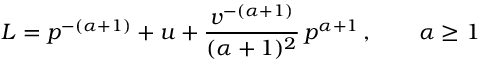
L = p ^ { - ( \alpha + 1 ) } + u + { \frac { v ^ { - ( \alpha + 1 ) } } { ( \alpha + 1 ) ^ { 2 } } } \, p ^ { \alpha + 1 } \, , \quad \quad \alpha \ge 1